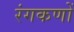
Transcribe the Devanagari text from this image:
रंगकणों